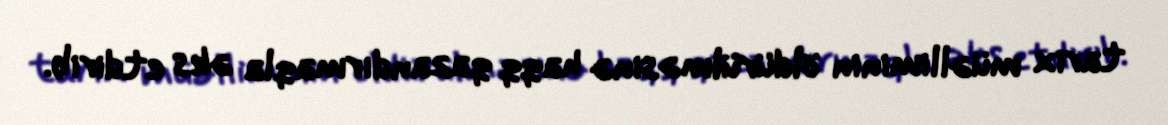
tarix müəlliminin öldürülməsinə haqq qazandırmaqla əks etdirib.